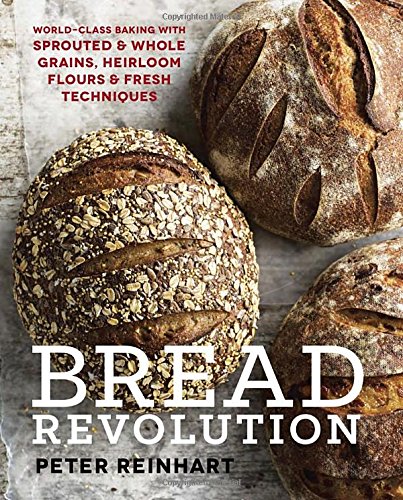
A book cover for Bread Revolution: World-Class Baking with Sprouted and Whole Grains, Heirloom Flours, and Fresh Techniques; Peter Reinhart; Cookbooks, Food & Wine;